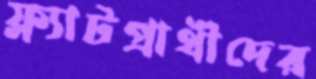
ফ্ল্যাটপ্রার্থীদের